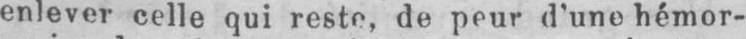
enlever celle qui reste, de peur d’une hémor-